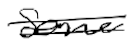
Text: some
Cross-out: double-line
Writing tool: digital_black